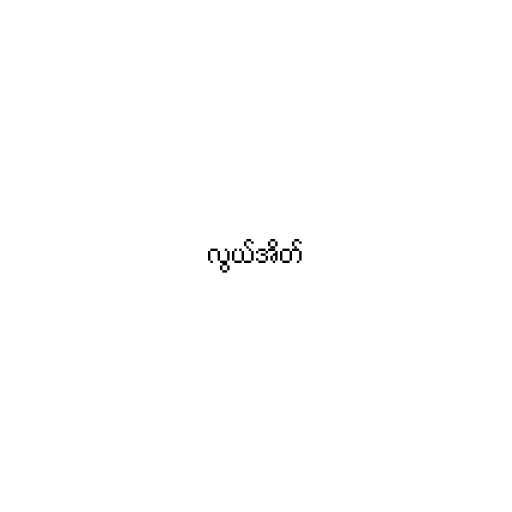
လွယ်အိတ်